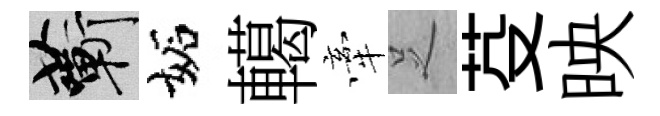
蔪妬轕牽𠯁芟映